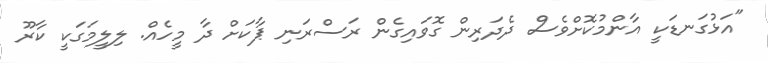
"އަޅުގަނޑަކީ އާންމުކޮށްވެސް ދެދަރިން ގޮވައިގެން ރަސްރަނި ޕާކަށް ދާ މީހެއް. ލިލީމަގަކީ ކާރޫ